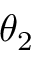
\theta _ { 2 }